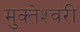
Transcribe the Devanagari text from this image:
मुक्‍तेश्‍वरी